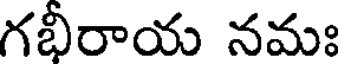
గభీరాయ నమః